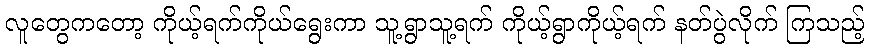
လူတွေကတော့ ကိုယ့်ရက်ကိုယ်ရွေးကာ သူ့ရွာသူ့ရက် ကိုယ့်ရွာကိုယ့်ရက် နတ်ပွဲလိုက် ကြသည့်